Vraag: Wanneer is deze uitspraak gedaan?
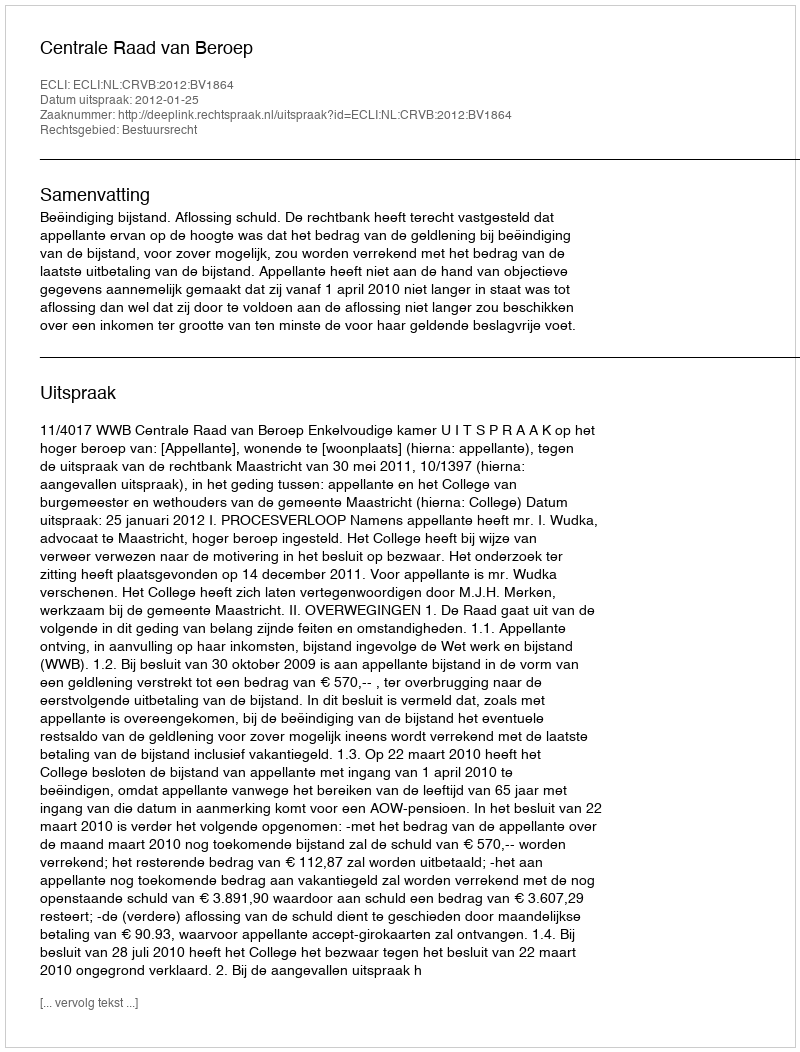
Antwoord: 2012-01-25